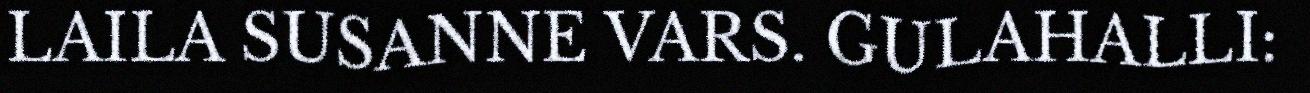
LAILA SUSANNE VARS. GULAHALLI: